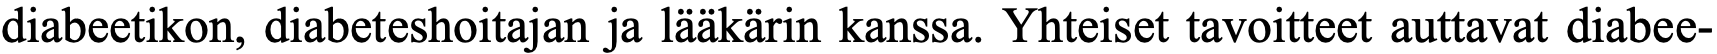
diabeetikon, diabeteshoitajan ja lääkärin kanssa. Yhteiset tavoitteet auttavat diabee-